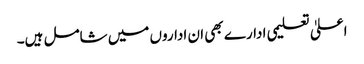
اعلیٰ تعلیمی ادارے بھی ان اداروں میں شامل ہیں۔